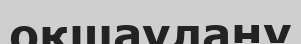
оқшаулану